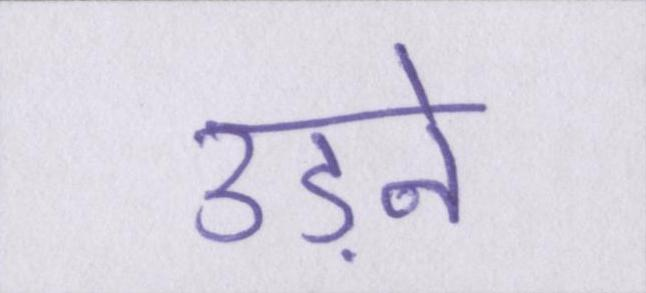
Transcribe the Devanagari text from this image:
उड़ने